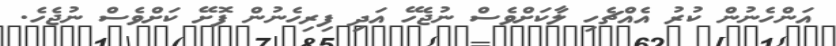
އަންހެނުން ކުުރު އެއްޗެހި ލާކަށްވެސް ނުޖެހޭ އަދި ފިރިހެނުން ފޮށޭ ކަށްވެސް ނުޖެހެ.